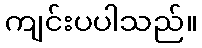
ကျင်းပပါသည်။